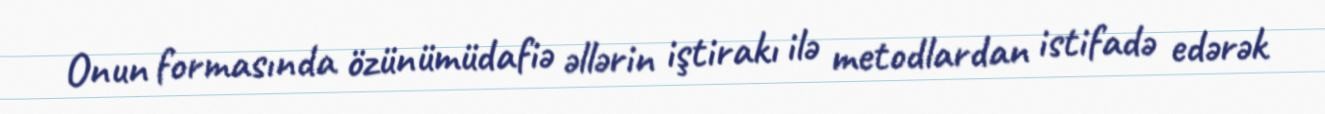
Onun formasında özünümüdafiə əllərin iştirakı ilə metodlardan istifadə edərək